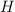
\begin{align*}H\end{align*}